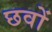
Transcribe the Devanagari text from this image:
छवों